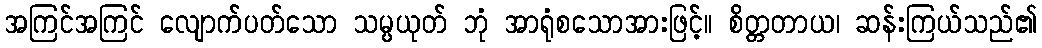
အကြင်အကြင် လျောက်ပတ်သော သမ္ပယုတ် ဘုံ အာရုံစသောအားဖြင့်။ စိတ္တတာယ၊ ဆန်းကြယ်သည်၏